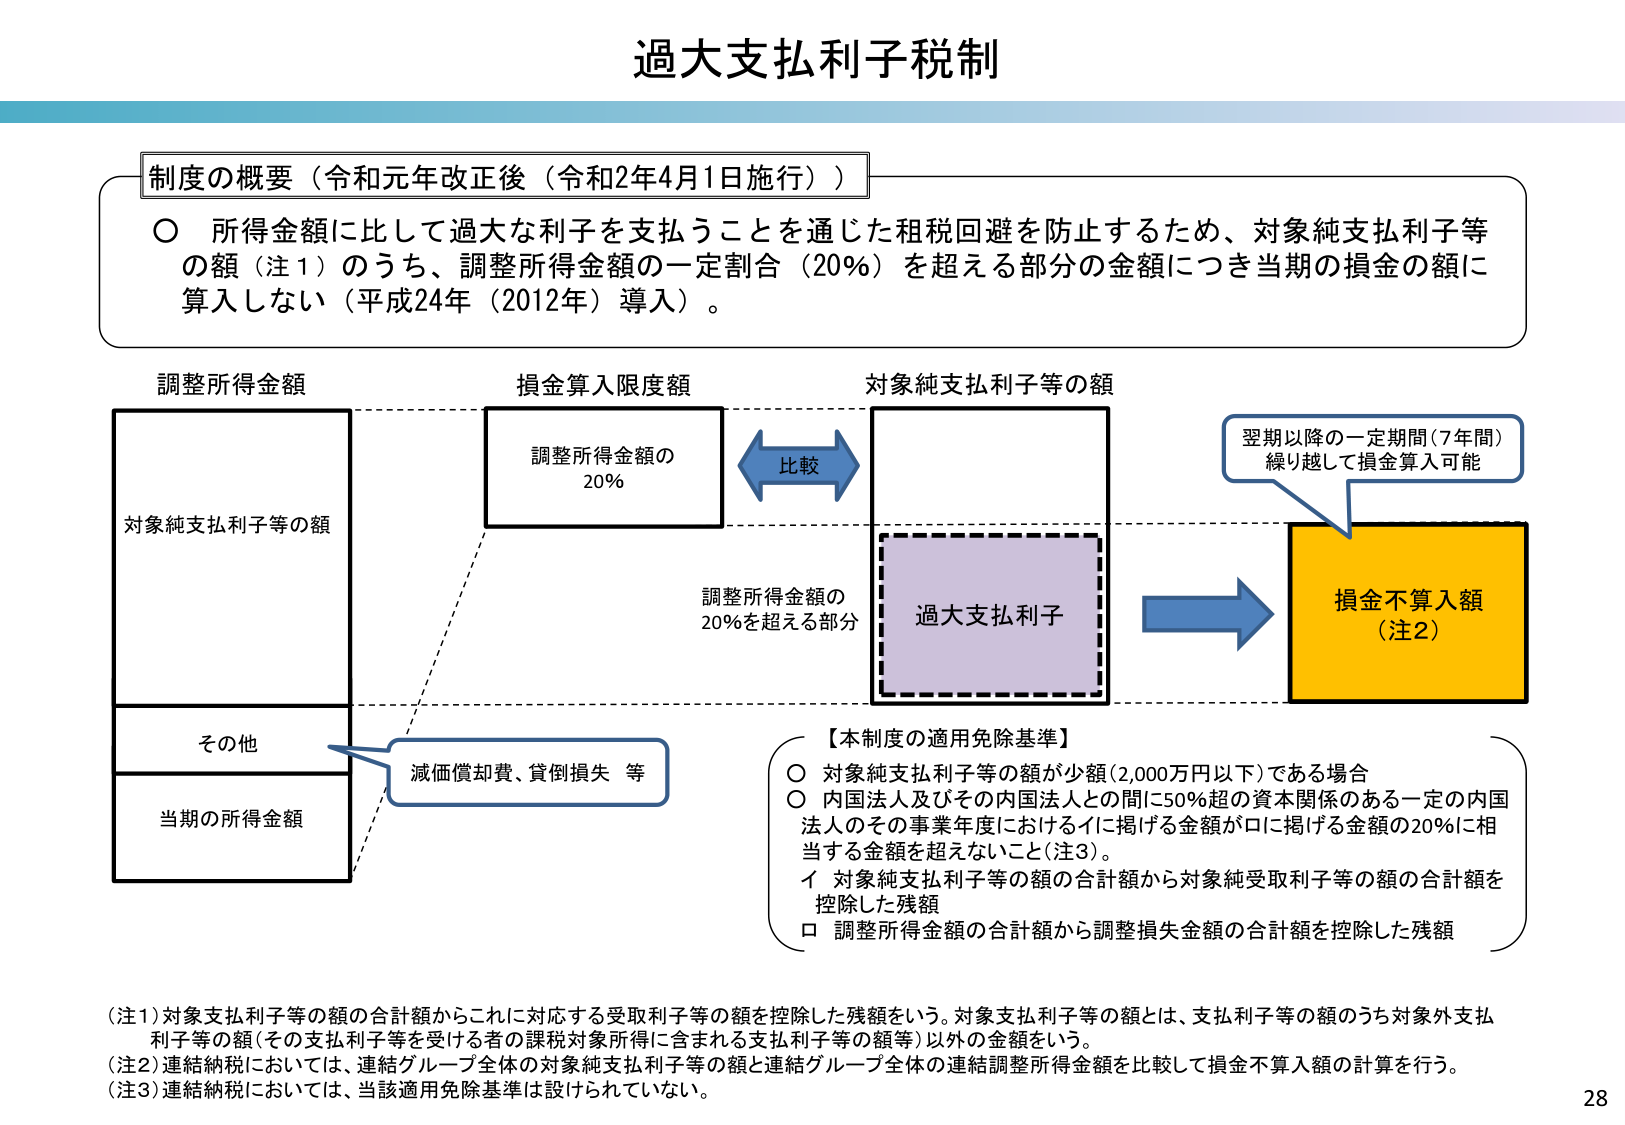
過大支払利子税制

制度の概要（令和元年改正後（令和2年4月1日施行））
○ 所得金額に比して過大な利子を支払うことを通じた租税回避を防止するため、対象純支払利子等の額（注1）のうち、調整所得金額の一定割合（20％）を超える部分の金額につき当期の損金の額に算入しない（平成24年（2012年）導入）。

調整所得金額
対象純支払利子等の額
その他
当期の所得金額

損金算入限度額
調整所得金額の
20％

比較

対象純支払利子等の額
調整所得金額の
20％を超える部分
過大支払利子

翌期以降の一定期間（7年間）
繰り越して損金算入可能

損金不算入額
（注2）

減価償却費、貸倒損失 等

【本制度の適用免除基準】
○ 対象純支払利子等の額が少額（2,000万円以下）である場合
○ 内国法人及びその内国法人との間に50％超の資本関係のある一定の内国法人のその事業年度におけるイに掲げる金額がロに掲げる金額の20％に相当する金額を超えないこと（注3）。
　イ 対象純支払利子等の額の合計額から対象純受取利子等の額の合計額を控除した残額
　ロ 調整所得金額の合計額から調整損失金額の合計額を控除した残額

（注1）対象支払利子等の額の合計額からこれに対応する受取利子等の額を控除した残額をいう。対象支払利子等の額とは、支払利子等の額のうち対象外支払利子等の額（その支払利子等を受ける者の課税対象所得に含まれる支払利子等の額等）以外の金額をいう。
（注2）連結納税においては、連結グループ全体の対象純支払利子等の額と連結グループ全体の連結調整所得金額を比較して損金不算入額の計算を行う。
（注3）連結納税においては、当該適用免除基準は設けられていない。

28